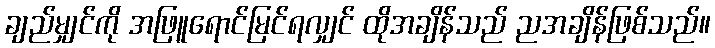
ချည်မျှင်ကို အဖြူရောင်မြင်ရလျှင် ထိုအချိန်သည် ညအချိန်ဖြစ်သည်။